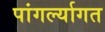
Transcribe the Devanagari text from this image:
पांगर्ल्यागत